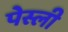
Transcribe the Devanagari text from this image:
पेस्ली